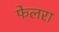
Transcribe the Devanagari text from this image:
फेलरा